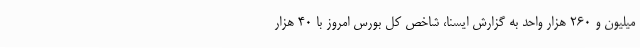
میلیون و 260 هزار واحد به گزارش ایسنا، شاخص کل بورس امروز با 40 هزار